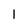
Character: 1